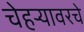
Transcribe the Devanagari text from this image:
चेहर्‍यावरचे